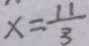
x = \frac { 1 1 } { 3 }